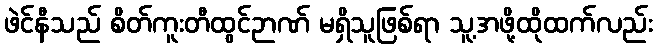
ဖဲင်နီသည် စိတ်ကူးတီထွင်ဉာဏ် မရှိသူဖြစ်ရာ သူ့အဖို့ထိုထက်လည်း